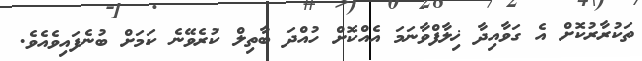
ތަކުރާރުކޮށް އެ ގަވާއިދާ ޚިލާފްވާނަމަ އެއްކޮށް ހުއްދަ ބާތިލް ކުރެވޭނެ ކަމަށް ބުނެފައިވެއެވެ.